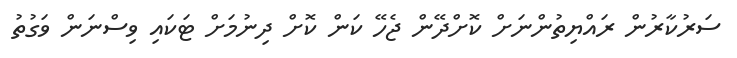
ސަރުކާރުން ރައްޔިތުންނަށް ކޮށްދޭން ޖެހޭ ކަން ކޮށް ދިނުމަށް ޓަކައި ވިސްނަން ވަގުތު